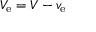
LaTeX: V _ { \mathrm { e } } = V - v _ { \mathrm { e } }